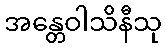
အန္တေဝါသိနီသု